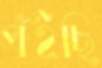
পঁইছি